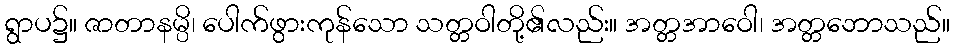
ရွာပ၌။ ဇာတာနမ္ပိ၊ ပေါက်ဖွားကုန်သော သတ္တဝါတို့၏လည်း။ အတ္တအာဝေါ၊ အတ္တဘောသည်။